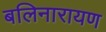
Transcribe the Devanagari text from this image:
बलिनारायण